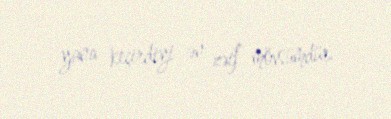
yana keçirdiyi ən zəif mövsümdür.